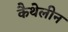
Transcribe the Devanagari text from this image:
कैथेलीन